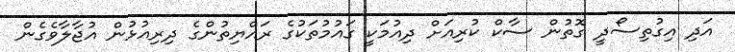
އަދި އިގުތިސޯދީ ގޮތުން ސާކް ކުރިއަށް ދިއުމަކީ ގައުމުތަކުގެ ރައްޔިތުންގެ ދިރިއުޅުން އުޖާލާވެގެން